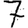
Digit: 7